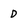
Character: D